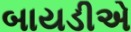
બાયડીએ